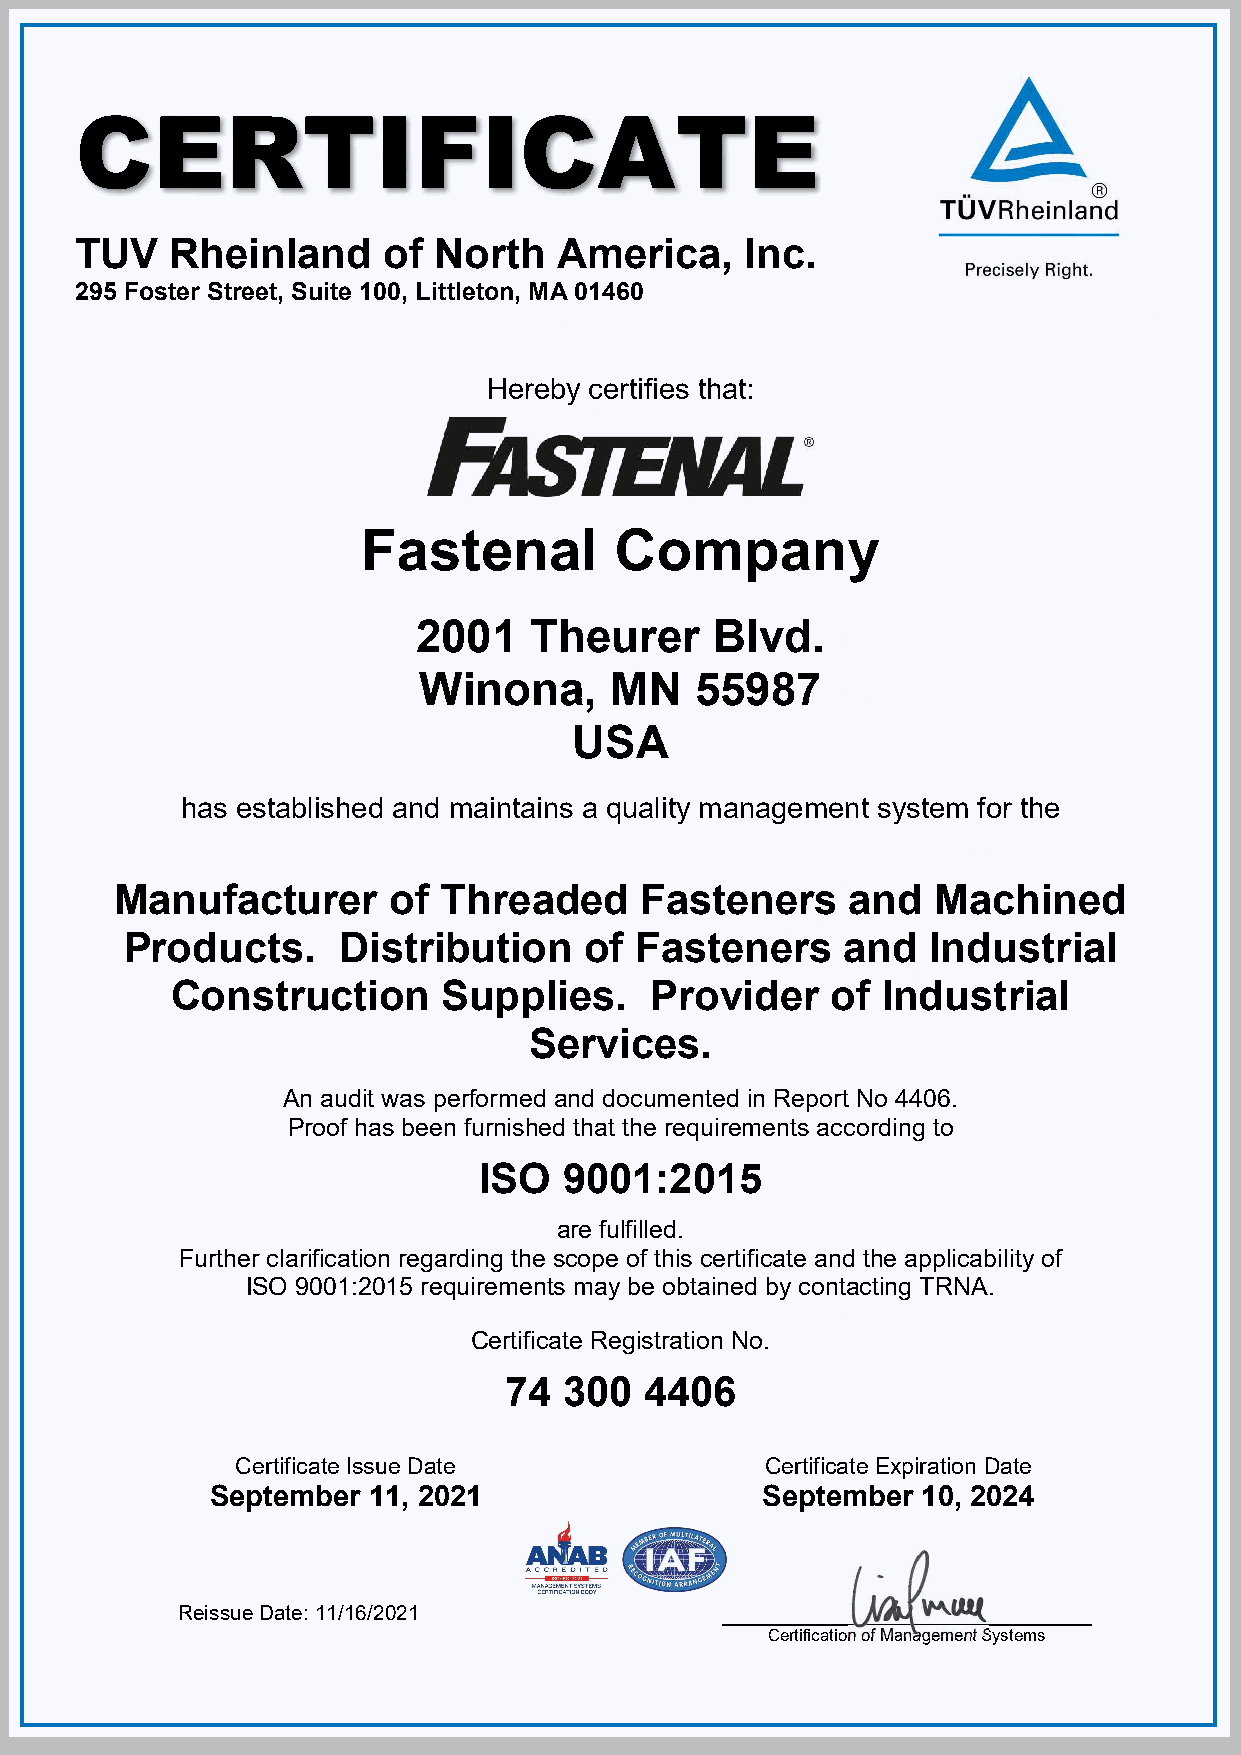
CERTIFICATE
 TUV   Rheinland     of  North   America,    Inc.
 295 Foster Street, Suite 100, Littleton, MA 01460
 Hereby certifies that:
 Fastenal         Company
 2001    Theurer     Blvd.
 Winona,     MN    55987
 USA
 has established and maintains a quality management system for the
 Manufacturer      of Threaded     Fasteners     and   Machined
 Products.     Distribution     of Fasteners     and   Industrial
 Construction      Supplies.     Provider    of Industrial
 Services.
 An audit was performed and documented in Report No 4406.
 Proof has been furnished that the requirements according to
 ISO  9001:2015
 are fulfilled.
 Further clarification regarding the scope of this certificate and the applicability of
 ISO 9001:2015 requirements may be obtained by contacting TRNA.
 Certificate Registration No.
 74  300   4406
 Certificate Issue Date             Certificate Expiration Date
 September 11, 2021                  September  10, 2024
 Reissue Date: 11/16/2021
 Certification of Management Systems